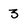
Character: 3